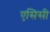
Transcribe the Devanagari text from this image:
एसिसी